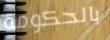
بالحكومة